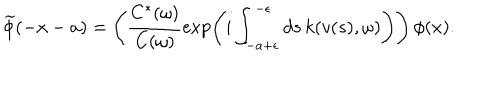
LaTeX: \widetilde { \phi } ( - x - a ) = \Biggl ( \frac { C ^ { * } ( \omega ) } { C ( \omega ) } \exp \left( i \int _ { - a + \epsilon } ^ { - \epsilon } d s \, k ( v ( s ) , \omega ) \Biggr ) \right) \, \phi ( x ) .